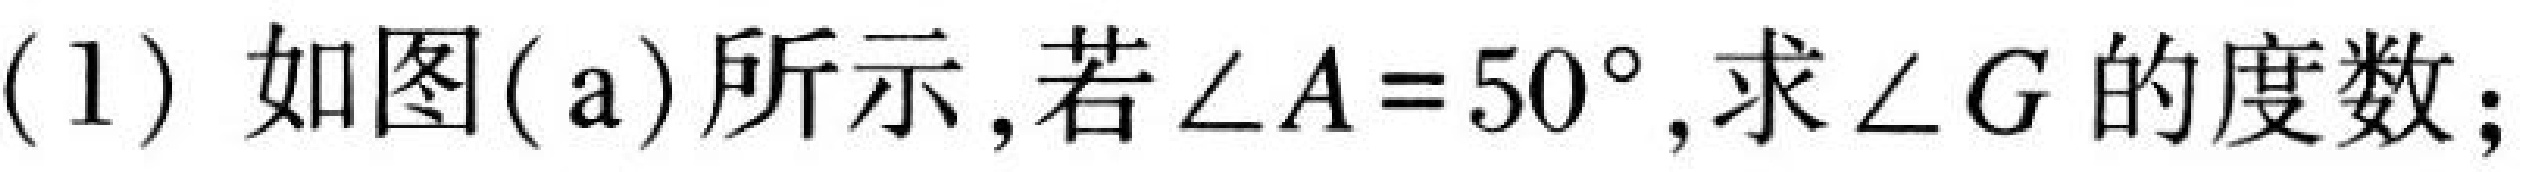
(1) 如图(a)所示,若\(\angle A = 50^{\circ}\),求\(\angle G\)的度数;